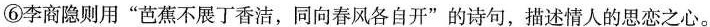
⑥李商隐则用”芭蕉不展丁香洁，同向春风各自开”的诗句，描述情人的思恋之心。